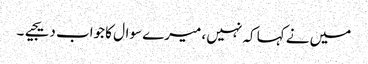
میں نے کہا کہ نہیں ، میرے سوال کا جواب دیجیے۔